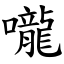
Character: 嚨